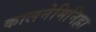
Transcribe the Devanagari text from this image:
कालनेमिनिहा